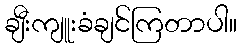
ချီးကျူးခံချင်ကြတာပါ။